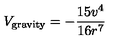
V _ { \mathrm { g r a v i t y } } = - \frac { 1 5 v ^ { 4 } } { 1 6 r ^ { 7 } }